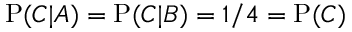
\mathrm { P } ( C | A ) = \mathrm { P } ( C | B ) = 1 / 4 = \mathrm { P } ( C )